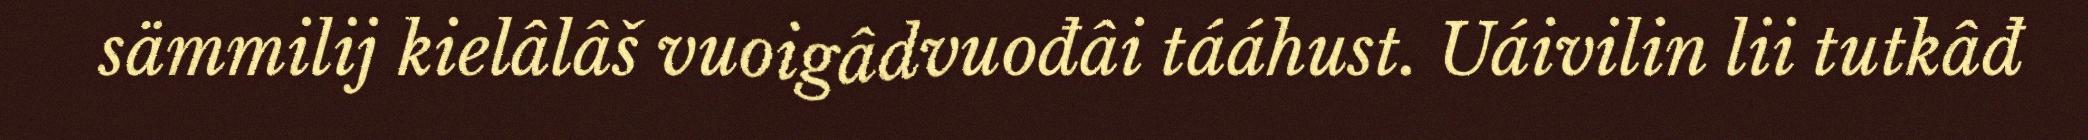
sämmilij kielâlâš vuoigâdvuođâi tááhust. Uáivilin lii tutkâđ